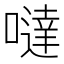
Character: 噠